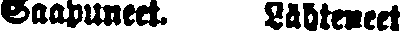
Saapuneet. Lähteneet